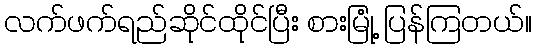
လက်ဖက်ရည်ဆိုင်ထိုင်ပြီး စားမြုံ့ ပြန်ကြတယ်။